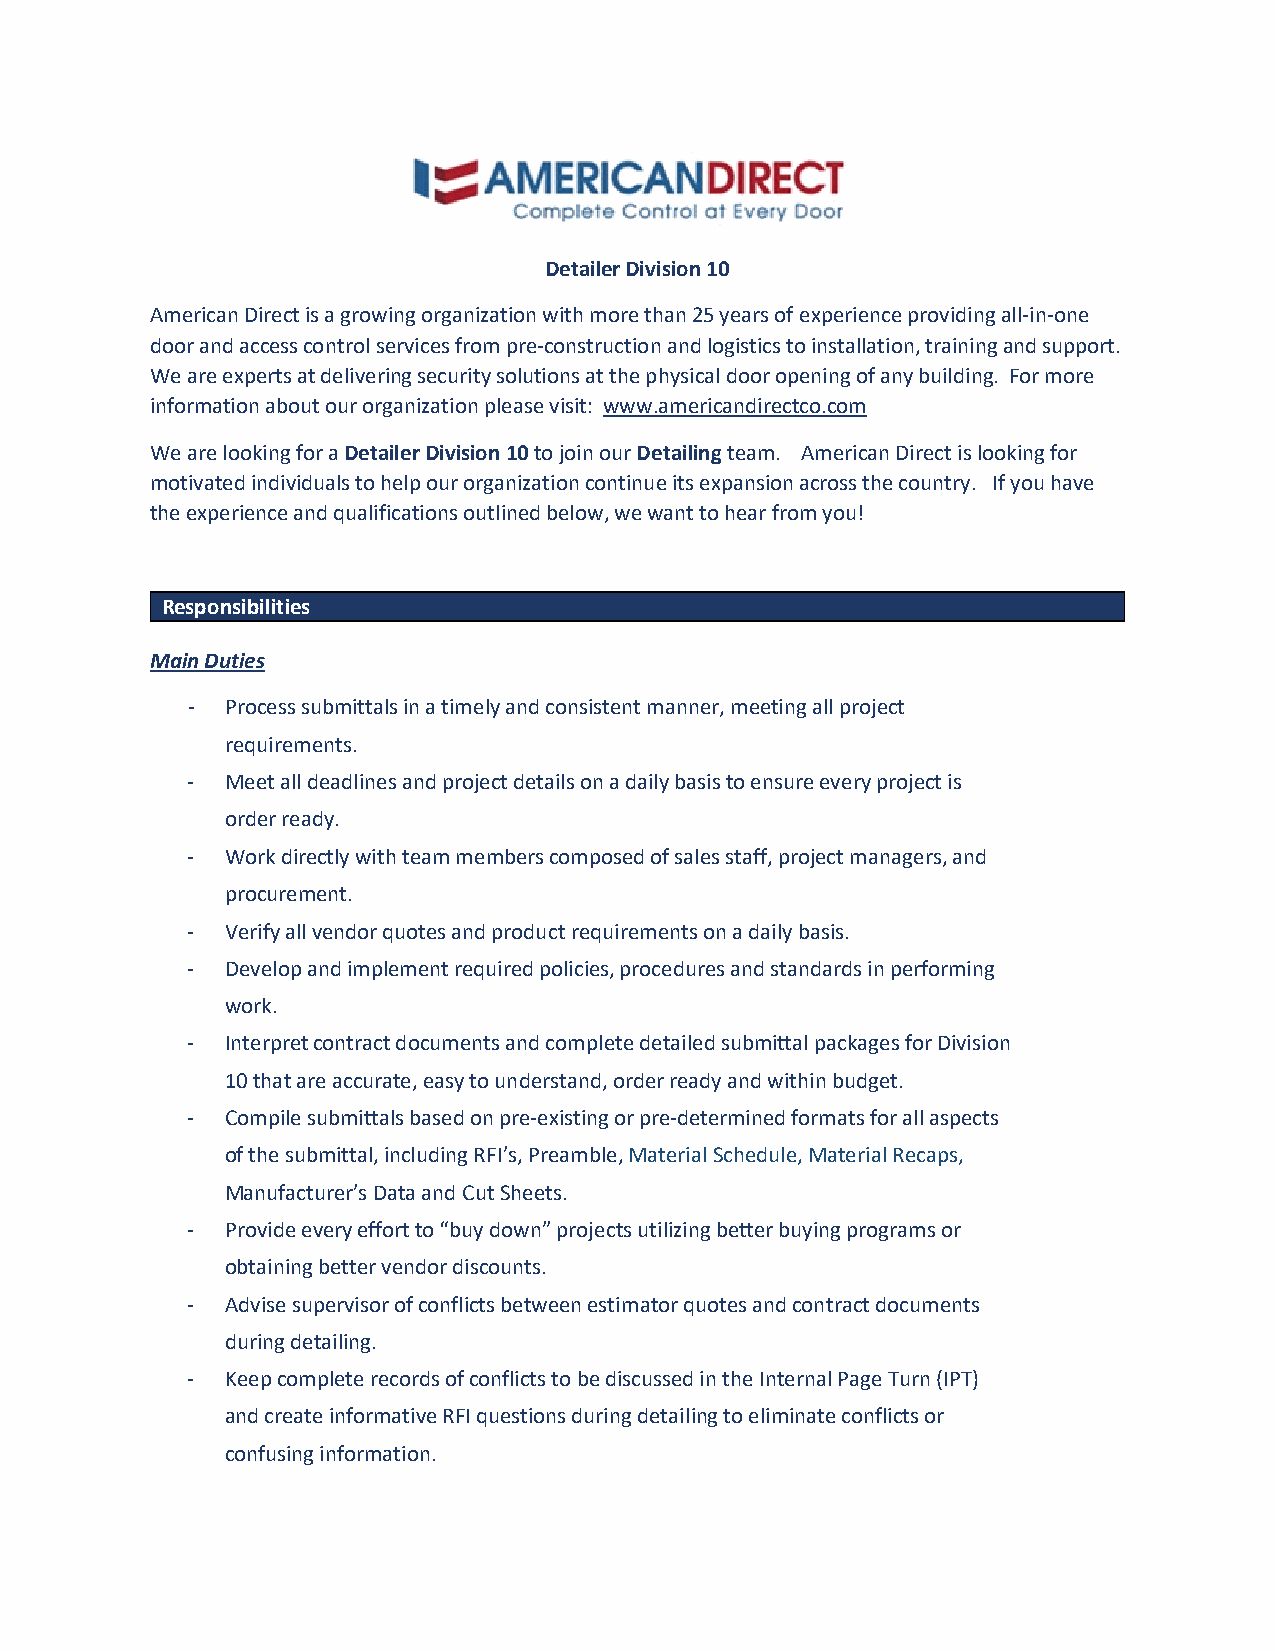
Detailer Division 10
 American Direct is a growing organization with more than 25 years of experience providing all-in-one
 door and access control services from pre-construction and logistics to installation, training and support.
 We are experts at delivering security solutions at the physical door opening of any building. For more
 information about our organization please visit: www.americandirectco.com
 We are looking for a Detailer Division 10 to join our Detailing team. American Direct is looking for
 motivated individuals to help our organization continue its expansion across the country. If you have
 the experience and qualifications outlined below, we want to hear from you!
 Responsibilities
 Main Duties
 -  Process submittals in a timely and consistent manner, meeting all project
 requirements.
 -  Meet all deadlines and project details on a daily basis to ensure every project is
 order ready.
 -  Work directly with team members composed of sales staff, project managers, and
 procurement.
 -  Verify all vendor quotes and product requirements on a daily basis.
 -  Develop and implement required policies, procedures and standards in performing
 work.
 -  Interpret contract documents and complete detailed submittal packages for Division
 10 that are accurate, easy to understand, order ready and within budget.
 -  Compile submittals based on pre-existing or pre-determined formats for all aspects
 of the submittal, including RFI’s, Preamble, Material Schedule, Material Recaps,
 Manufacturer’s Data and Cut Sheets.
 -  Provide every effort to “buy down” projects utilizing better buying programs or
 obtaining better vendor discounts.
 -  Advise supervisor of conflicts between estimator quotes and contract documents
 during detailing.
 -  Keep complete records of conflicts to be discussed in the Internal Page Turn (IPT)
 and create informative RFI questions during detailing to eliminate conflicts or
 confusing information.